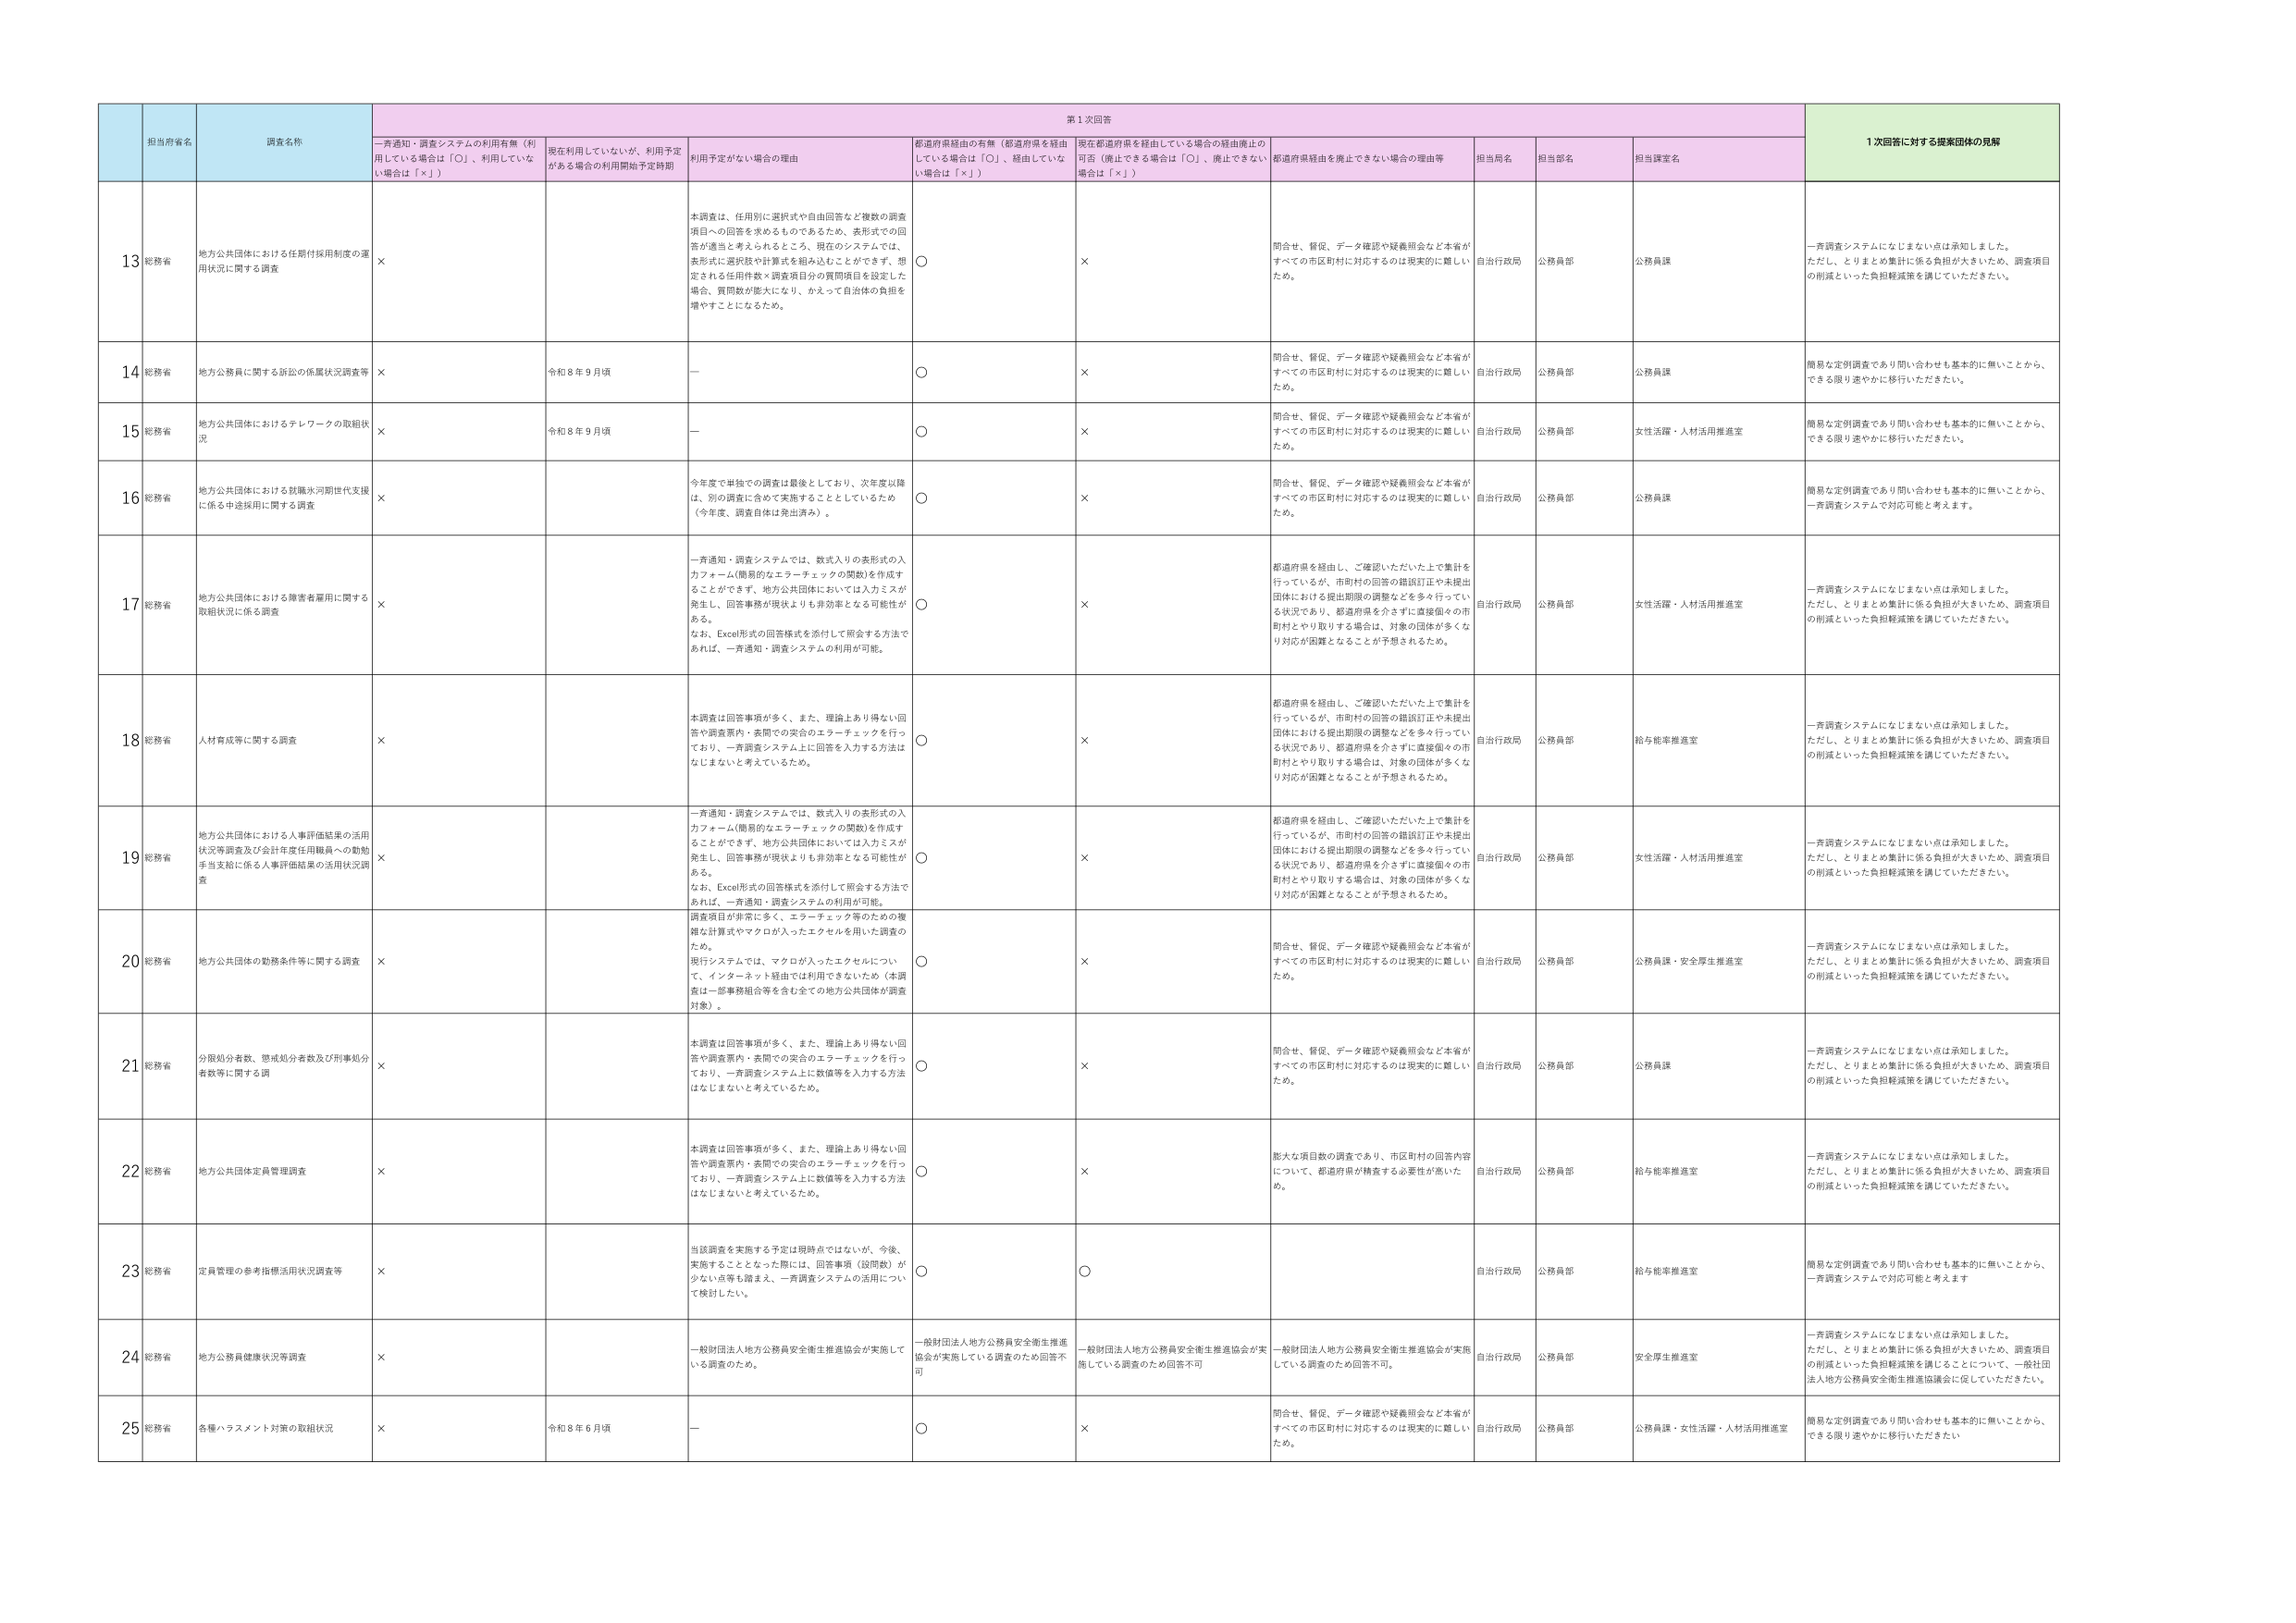
第1次回答
1次回答に対する提案団体の見解

担当府省名
調査名称
一斉通知・調査システムの利用有無（利用している場合は「○」、利用していない場合は「×」）
現在利用していないが、利用予定がある場合の利用開始予定時期
利用予定がない場合の理由
都道府県経由の有無（都道府県を経由している場合は「○」、経由していない場合は「×」）
現在都道府県を経由している場合の経由廃止の可否（廃止できる場合は「○」、廃止できない場合は「×」）
都道府県経由を廃止できない場合の理由等
担当局名
担当部名
担当課名

13 総務省
地方公共団体における任期付採用制度の運用状況に関する調査
×
本調査は、任用別に選択式や自由回答など複数の調査項目への回答を求めるものであるため、表形式での回答が適当と考えられるところ、現在のシステムでは、表形式に選択肢や計算式を組み込むことができず、想定される任用件数×調査項目分の質問項目を設定した場合、質問数が膨大になり、かえって自治体の負担を増やすことになるため。
○
×
問合せ、督促、データ確認や疑義照会など本省がすべての市区町村に対応するのは現実的に難しいため。
自治行政局
公務員部
公務員課
一斉調査システムになじまない点は承知しました。ただし、とりまとめ集計に係る負担が大きいため、調査項目の削減といった負担軽減策を講じていただきたい。

14 総務省
地方公務員に関する訴訟の係属状況調査等
×
令和8年9月頃
—
○
×
問合せ、督促、データ確認や疑義照会など本省がすべての市区町村に対応するのは現実的に難しいため。
自治行政局
公務員部
公務員課
簡易な定例調査であり問い合わせも基本的に無いことから、できる限り速やかに移行いただきたい。

15 総務省
地方公共団体におけるテレワークの取組状況
×
令和8年9月頃
—
○
×
問合せ、督促、データ確認や疑義照会など本省がすべての市区町村に対応するのは現実的に難しいため。
自治行政局
公務員部
女性活躍・人材活用推進室
簡易な定例調査であり問い合わせも基本的に無いことから、できる限り速やかに移行いただきたい。

16 総務省
地方公共団体における就職氷河期世代支援に係る中途採用に関する調査
×
今年度で単独での調査は最後としており、次年度以降は、別の調査に含めて実施することとしているため（今年度、調査自体は発出済み）。
○
×
問合せ、督促、データ確認や疑義照会など本省がすべての市区町村に対応するのは現実的に難しいため。
自治行政局
公務員部
公務員課
簡易な定例調査であり問い合わせも基本的に無いことから、一斉調査システムで対応可能と考えます。

17 総務省
地方公共団体における障害者雇用に関する取組状況に係る調査
×
一斉通知・調査システムでは、数式入りの表形式の入力フォーム（簡易的なエラーチェックの関数）を作成することができず、地方公共団体においては入力ミスが発生し、回答事務が現状よりも非効率となる可能性がある。なお、Excel形式の回答様式を添付して照会する方法であれば、一斉通知・調査システムの利用が可能。
○
×
都道府県を経由し、ご確認いただいた上で集計を行っているが、市町村の回答の錯誤訂正や未提出団体における提出期限の調整などを多々行っている状況であり、都道府県を介さずに直接個々の市町村とやり取りする場合は、対象の団体が多くなり対応が困難となることが予想されるため。
自治行政局
公務員部
女性活躍・人材活用推進室
一斉調査システムになじまない点は承知しました。ただし、とりまとめ集計に係る負担が大きいため、調査項目の削減といった負担軽減策を講じていただきたい。

18 総務省
人材育成等に関する調査
×
本調査は回答事項が多く、また、理論上あり得ない回答や調査票内・表間での突合のエラーチェックを行っており、一斉調査システム上に回答を入力する方法はなじまないと考えているため。
○
×
都道府県を経由し、ご確認いただいた上で集計を行っているが、市町村の回答の錯誤訂正や未提出団体における提出期限の調整などを多々行っている状況であり、都道府県を介さずに直接個々の市町村とやり取りする場合は、対象の団体が多くなり対応が困難となることが予想されるため。
自治行政局
公務員部
給与能率推進室
一斉調査システムになじまない点は承知しました。ただし、とりまとめ集計に係る負担が大きいため、調査項目の削減といった負担軽減策を講じていただきたい。

19 総務省
地方公共団体における人事評価結果の活用状況等調査及び会計年度任用職員への勤勉手当支給に係る人事評価結果の活用状況調査
×
一斉通知・調査システムでは、数式入りの表形式の入力フォーム（簡易的なエラーチェックの関数）を作成することができず、地方公共団体においては入力ミスが発生し、回答事務が現状よりも非効率となる可能性がある。なお、Excel形式の回答様式を添付して照会する方法であれば、一斉通知・調査システムの利用が可能。
○
×
都道府県を経由し、ご確認いただいた上で集計を行っているが、市町村の回答の錯誤訂正や未提出団体における提出期限の調整などを多々行っている状況であり、都道府県を介さずに直接個々の市町村とやり取りする場合は、対象の団体が多くなり対応が困難となることが予想されるため。
自治行政局
公務員部
女性活躍・人材活用推進室
一斉調査システムになじまない点は承知しました。ただし、とりまとめ集計に係る負担が大きいため、調査項目の削減といった負担軽減策を講じていただきたい。

20 総務省
地方公共団体の勤務条件等に関する調査
×
調査項目が非常に多く、エラーチェック等のための複雑な計算式やマクロが入ったエクセルを用いた調査のため。現行システムでは、マクロが入ったエクセルについて、インターネット経由では利用できないため（本調査は一部事務組合等を含む全ての地方公共団体が調査対象）。
○
×
問合せ、督促、データ確認や疑義照会など本省がすべての市区町村に対応するのは現実的に難しいため。
自治行政局
公務員部
公務員課・安全厚生推進室
一斉調査システムになじまない点は承知しました。ただし、とりまとめ集計に係る負担が大きいため、調査項目の削減といった負担軽減策を講じていただきたい。

21 総務省
分限処分者数、懲戒処分者数及び刑事処分者数等に関する調
×
本調査は回答事項が多く、また、理論上あり得ない回答や調査票内・表間での突合のエラーチェックを行っており、一斉調査システム上に数値等を入力する方法はなじまないと考えているため。
○
×
問合せ、督促、データ確認や疑義照会など本省がすべての市区町村に対応するのは現実的に難しいため。
自治行政局
公務員部
公務員課
一斉調査システムになじまない点は承知しました。ただし、とりまとめ集計に係る負担が大きいため、調査項目の削減といった負担軽減策を講じていただきたい。

22 総務省
地方公共団体定員管理調査
×
本調査は回答事項が多く、また、理論上あり得ない回答や調査票内・表間での突合のエラーチェックを行っており、一斉調査システム上に数値等を入力する方法はなじまないと考えているため。
○
×
膨大な項目数の調査であり、市区町村の回答内容について、都道府県が精査する必要性が高いため。
自治行政局
公務員部
給与能率推進室
一斉調査システムになじまない点は承知しました。ただし、とりまとめ集計に係る負担が大きいため、調査項目の削減といった負担軽減策を講じていただきたい。

23 総務省
定員管理の参考指標活用状況調査等
×
当該調査を実施する予定は現時点ではないが、今後、実施することとなった際には、回答事項（設問数）が少ない点等も踏まえ、一斉調査システムの活用について検討したい。
○
○
自治行政局
公務員部
給与能率推進室
簡易な定例調査であり問い合わせも基本的に無いことから、一斉調査システムで対応可能と考えます

24 総務省
地方公務員健康状況等調査
×
一般財団法人地方公務員安全衛生推進協会が実施している調査のため。
一般財団法人地方公務員安全衛生推進協会が実施を実施している調査のため回答不可
一般財団法人地方公務員安全衛生推進協会が実施している調査のため回答不可
一般財団法人地方公務員安全衛生推進協会が実施している調査のため回答不可。
自治行政局
公務員部
安全厚生推進室
一斉調査システムになじまない点は承知しました。ただし、とりまとめ集計に係る負担が大きいため、調査項目の削減といった負担軽減策を講じることについて、一般社団法人地方公務員安全衛生推進協議会に促していただきたい。

25 総務省
各種ハラスメント対策の取組状況
×
令和8年6月頃
—
○
×
問合せ、督促、データ確認や疑義照会など本省がすべての市区町村に対応するのは現実的に難しいため。
自治行政局
公務員部
公務員課・女性活躍・人材活用推進室
簡易な定例調査であり問い合わせも基本的に無いことから、できる限り速やかに移行いただきたい